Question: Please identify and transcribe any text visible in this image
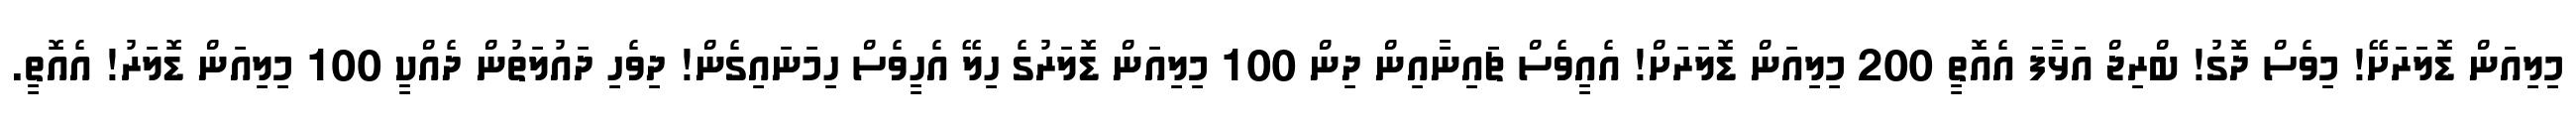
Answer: މިލިއަން ޑޮލަރަށޭ! މިވެސް ދޮގު! ބްރިޖް އަޅާފަ އެއޮތީ 200 މިލިއަން ޑޮލަރަށް! އެއީވެސް ޗަައިނާއިން ދިން 100 މިލިއަން ޑޮލަރުގެ ހިލޭ އެހީވެސް ހިމަނައިގެން! ދިވެހި ދައުލަތުން ދެއްކީ 100 މިލިއަން ޑޮލަރު! އެއޮތީ.